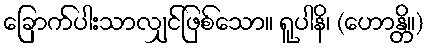
ခြောက်ပါးသာလျှင်ဖြစ်သော။ ရူပါနိ၊ (ဟောန္တိ။)